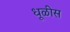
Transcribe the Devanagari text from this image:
धूळीस